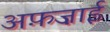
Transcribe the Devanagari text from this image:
अफ़ज़ाई